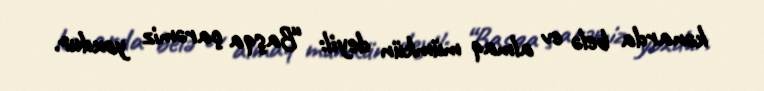
kənarda belə ev almaq mümkün deyil: “Başqa çarəmiz yoxdur.